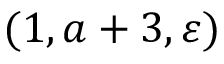
( 1 , a + 3 , \varepsilon )